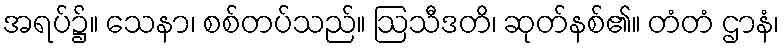
အရပ်၌။ သေနာ၊ စစ်တပ်သည်။ ဩသီဒတိ၊ ဆုတ်နစ်၏။ တံတံ ဌာနံ၊